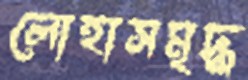
লোহাসমৃদ্ধ